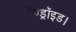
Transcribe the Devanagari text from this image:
ऍण्ड्रॉइड।